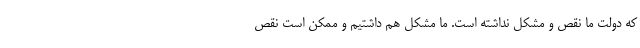
که دولت ما نقص و مشکل نداشته است. ما مشکل هم داشتیم و ممکن است نقص